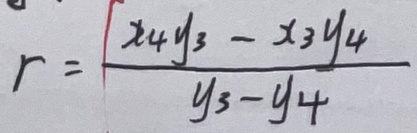
$r = \frac{x_4y_3 - x_3y_4}{y_3 - y_4}$